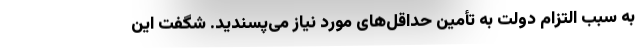
به سبب التزام دولت به تأمین حداقل‌های مورد نیاز می‌پسندید. شگفت این